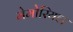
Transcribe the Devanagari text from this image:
मेमोरियल